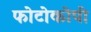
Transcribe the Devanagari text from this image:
फोटोकोपी